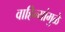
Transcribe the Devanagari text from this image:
वाहिन्यांमुळे